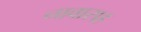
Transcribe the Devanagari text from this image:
नावासह